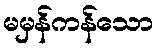
မမှန်ကန်သော